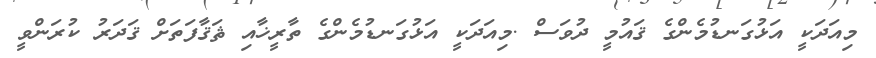
މިއަދަކީ އަޅުގަނޑުމެންގެ ޤައުމީ ދުވަސް .މިއަދަކީ އަޅުގަނޑުމެންގެ ތާރީޚާއި ޘަޤާފަތަށް ޤަދަރު ކުރަންވީ